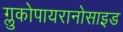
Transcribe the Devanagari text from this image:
ग्लुकोपायरानोसाइड